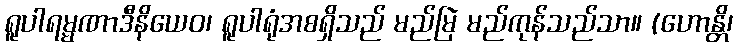
ရူပါရမ္မဏာဒီနိယေဝ၊ ရူပါရုံအစရှိသည် မည်မြဲ မည်ကုန်သည်သာ။ (ဟောန္တိ၊